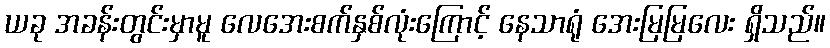
ယခု အခန်းတွင်းမှာမူ လေအေးစက်နှစ်လုံးကြောင့် နေသာရုံ အေးမြမြလေး ရှိသည်။